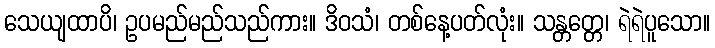
သေယျထာပိ၊ ဥပမည်မည်သည်ကား။ ဒိဝသံ၊ တစ်နေ့ပတ်လုံး။ သန္တတ္တေ၊ ရဲရဲပူသော။